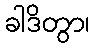
ခါဒိတွာ၊